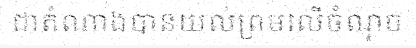
ជាតំណាងបានយល់ព្រមលើចំណុច